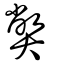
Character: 𡚁